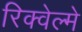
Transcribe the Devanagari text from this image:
रिक्वेल्मे